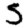
Digit: 5